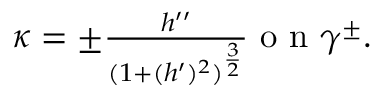
\begin{array} { r } { \kappa = \pm \frac { h ^ { \prime \prime } } { ( 1 + ( h ^ { \prime } ) ^ { 2 } ) ^ { \frac { 3 } { 2 } } } \textnormal { o n } \gamma ^ { \pm } . } \end{array}